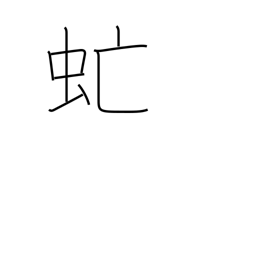
Meaning: gadfly